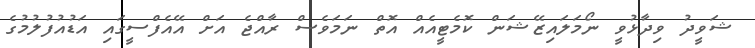
ޝަވީދު ވިދާޅުވީ ނޯމަލައިޒޭޝަން ކޮމެޓީއެއް އޮތް ނަމަވެސް ރާއްޖެ އަށް އޭއެފްސީގައި އަޑުއުފުލުމުގެ